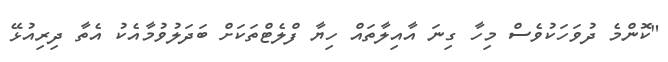
"ކޮންމެ ދުވަހަކުވެސް މިހާ ގިނަ އާއިލާތައް ހިޔާ ފްލެޓްތަކަށް ބަދަލުވުމާއެކު އެތާ ދިރިއުޅޭ